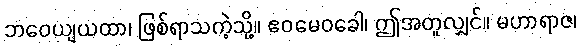
ဘဝေယျယထာ၊ ဖြစ်ရာသကဲ့သို့။ ဧဝမေဝခေါ၊ ဤအတူလျှင်။ မဟာရာဇ၊